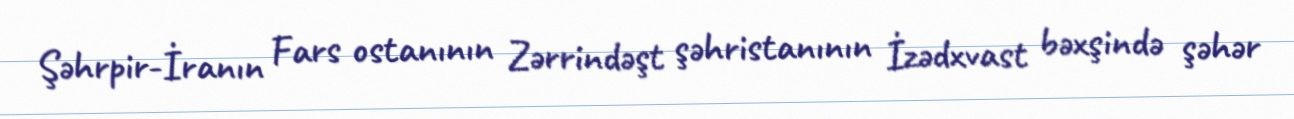
Şəhrpir-İranın Fars ostanının Zərrindəşt şəhristanının İzədxvast bəxşində şəhər